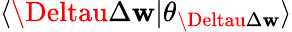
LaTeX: \langle\Deltau\Delta\mathbf{w}\vert\theta_{\Deltau\Delta\mathbf{w}}\rangle